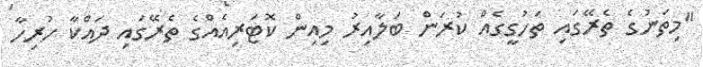
"މިތަނުގެ ތެރޭގައި ތަހުގީގެއް ކުރަން ބަލާއިރު މިއިން ކޮޓަރިއެއްގެ ތެރޭގައި ދައްކާ ހުރިހާ